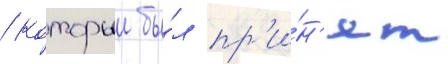
/ которыи бы́л пр'и́н'ят